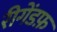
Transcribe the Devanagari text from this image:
रीगेंडफ़